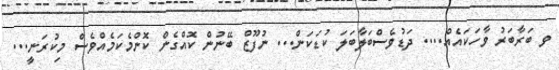
ވ ބަރާބަރު ވާހަކައެއް.... ދަޑުވެސްބަލާބަލަ ކުޑަކަން... ނުފޫޒް ބޭނުން ކޮއްގެން ކޮންމެކަމެއްވެސް މިކުރަނީ...